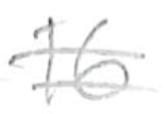
Text: 16
Cross-out: double-line
Writing tool: pencil